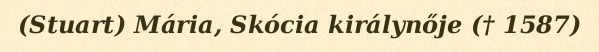
(Stuart) Mária, Skócia királynője († 1587)